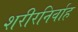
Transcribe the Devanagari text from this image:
शरीरनिर्वाह